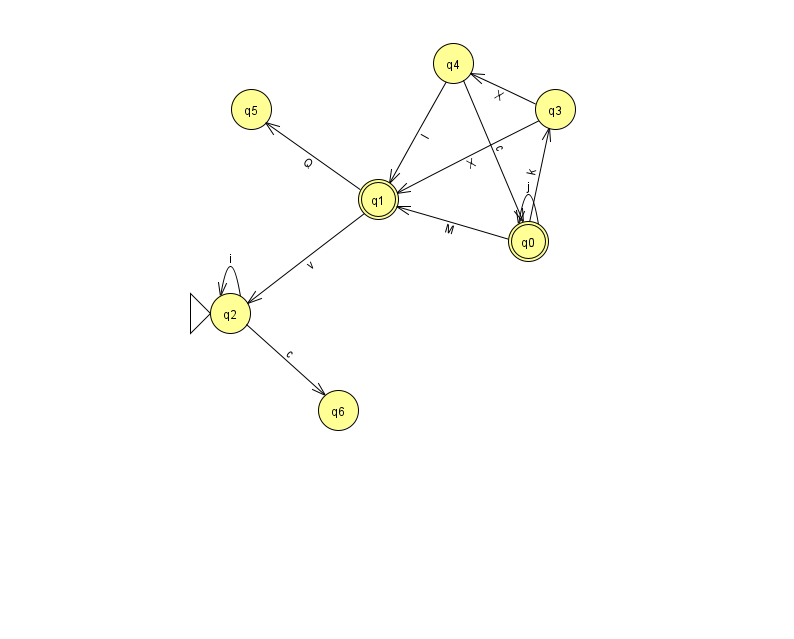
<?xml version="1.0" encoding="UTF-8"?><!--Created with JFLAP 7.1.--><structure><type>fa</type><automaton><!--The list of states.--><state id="0" name="q0"><x>528.0</x><y>228.0</y><final/></state><state id="1" name="q1"><x>378.0</x><y>186.0</y><final/></state><state id="2" name="q2"><x>230.0</x><y>300.0</y><initial/></state><state id="3" name="q3"><x>555.0</x><y>96.0</y></state><state id="4" name="q4"><x>453.0</x><y>50.0</y></state><state id="5" name="q5"><x>251.0</x><y>96.0</y></state><state id="6" name="q6"><x>338.0</x><y>397.0</y></state><!--The list of transitions.--><transition><from>3</from><to>1</to><read>X</read></transition><transition><from>0</from><to>3</to><read>k</read></transition><transition><from>2</from><to>6</to><read>c</read></transition><transition><from>1</from><to>5</to><read>Q</read></transition><transition><from>1</from><to>2</to><read>v</read></transition><transition><from>4</from><to>1</to><read>I</read></transition><transition><from>2</from><to>2</to><read>i</read></transition><transition><from>0</from><to>0</to><read>j</read></transition><transition><from>4</from><to>0</to><read>c</read></transition><transition><from>0</from><to>1</to><read>M</read></transition><transition><from>3</from><to>4</to><read>X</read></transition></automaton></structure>